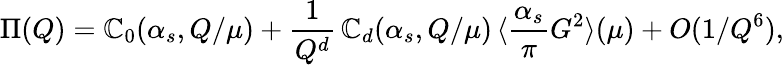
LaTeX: \Pi(Q)=\mathbb{C}_{0}(\alpha_{s},Q/\mu)+\frac{{1}}{{Q^{d}}}\, \mathbb{C}_{d}(\alpha_{s},Q/\mu)\, \langle\frac{{\alpha_{s}}}{{\pi}}G^{2}\rangle(\mu)+O(1/Q^{6}),